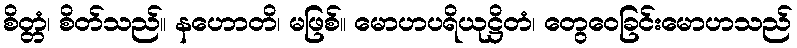
စိတ္တံ၊ စိတ်သည်။ နဟောတိ၊ မဖြစ်။ မောဟပရိယုဋ္ဌိတံ၊ တွေဝေခြင်းမောဟသည်